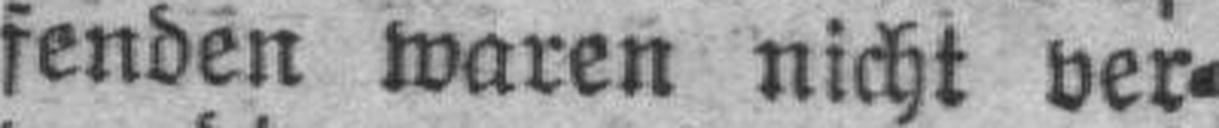
fenden waren nicht ver¬